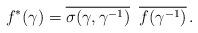
LaTeX: \begin{align*}f^\ast(\gamma) =\overline{\sigma(\gamma,\gamma^{-1})}\;\; \overline{f(\gamma^{-1})}\,.\end{align*}